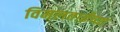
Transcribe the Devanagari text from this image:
विमलताईंच्या